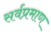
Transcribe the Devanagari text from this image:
सर्वप्रमाण